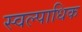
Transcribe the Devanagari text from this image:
स्वल्पाधिक